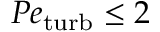
P e _ { \mathrm { t u r b } } \leq 2